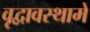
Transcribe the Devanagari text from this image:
वृद्वावस्थामें